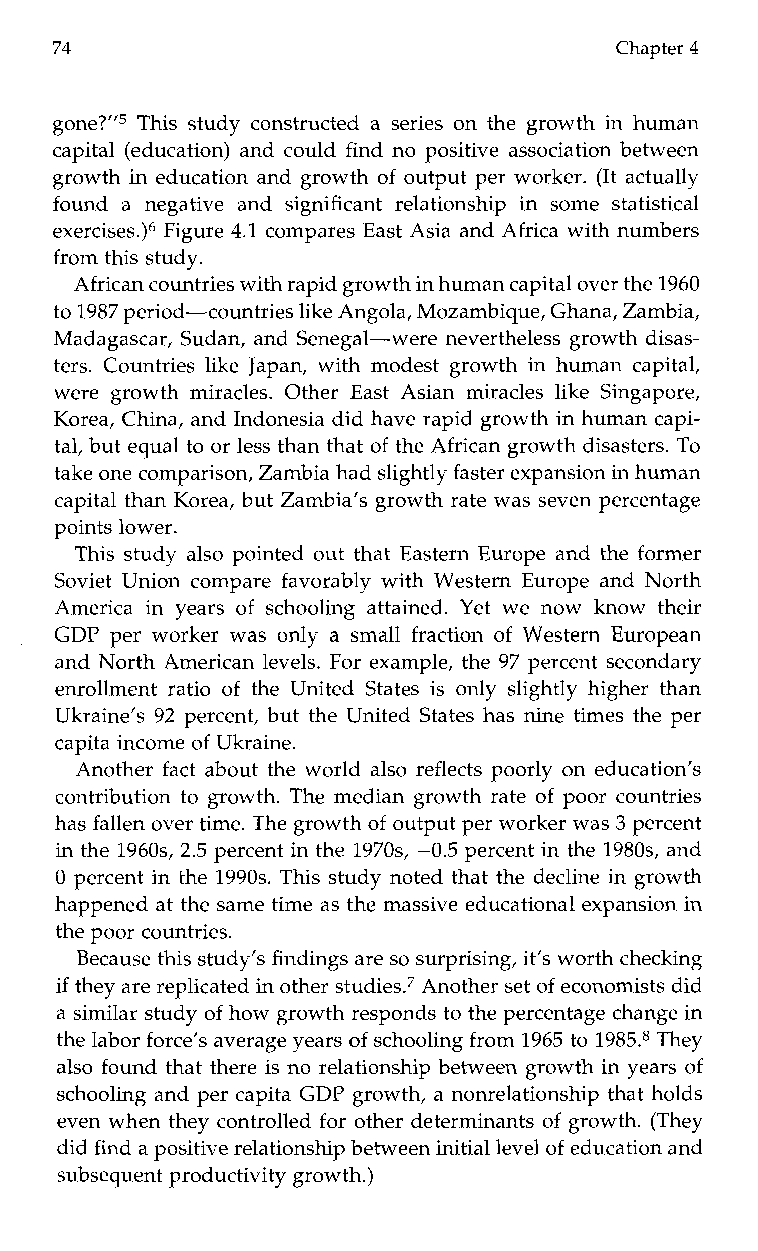
74                                   Chapter 4
 gone?”5 This study constructed a series on the growth in human
 capital (education) and could find no positive association between
 growth in education and growth of output per worker. (It actually
 founda n egativea nd significant relationshipi ns omes tatistical
 exercises.)6 Figure4 .1 compares East Asia and Africa with numbers
 from this study.
 African countries with rapid growth hiunm an capital over the 1960
 to 1987 period-countries like Angola, Mozambique, Ghana, Zambia,
 Madagascar, Sudan, and Senegal-were nevertheless growth disas-
 ters. Countries like Japan, with modest growth in human capital,
 were growth miracles. Other East Asian miracles like Singapore,
 Korea, China, and Indonesia did have rapid growth in human capi-
 tal, but equal to or less than that of the African growth disasters. To
 take one comparison, Zambia had slightly faster expansionh iunm an
 capital than Korea, but Zambia’s growth rate was seven percentage
 points lower.
 This study also pointed out that Eastern Europe and the former
 Soviet Union compare favorably with Western Europe and North
 America iny ears of schoolinga ttained. Yet wen owk nowt heir
 GDP per worker was only a small fraction of Western European
 and North American levels. For example, the 97 percent secondary
 enrollment ratio of the United States is only slightly higher than
 Ukraine’s 92 percent, but the United States has nine times the per
 capita income of Ukraine.
 Another fact about the world also reflects poorly on education’s
 contribution to growth. The median growth rate of poor countries
 has fallen over time. The growth of output per worker was 3 percent
 in the 1960s, 2.5 percent in the 1970s, -0.5 percent in the 1980s, and
 0 percent in the 1990s. This study noted that the decline in growth
 happened at the same time as the massive educational expansion in
 the poor countries.
 Because this study’s findings ares o surprising, it’s worth checking
 if they are replicated in others t~diesA.~no ther set of economists did
 a similar study of how growth responds to the percentage change in
 the labor force’s average years of schooling from 1965 to 1985.8 They
 also found that there is no relationship between growth in years of
 schooling and per capita GDP growth, a nonrelationship that holds
 even when they controlled for other determinants of growth. (They
 did find a positive relationship between initial leovfe le ducation and
 subsequent productivity growth.)